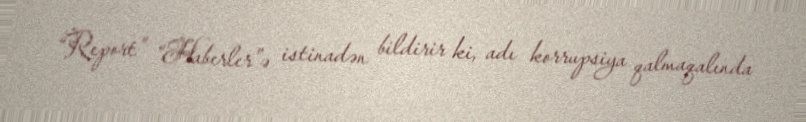
“Report” “Haberler”ə istinadən bildirir ki, adı korrupsiya qalmaqalında